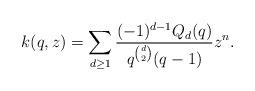
LaTeX: \begin{align*}k(q,z)=\sum_{d\geq 1}\frac{(-1)^{d-1}Q_d(q)}{q^{\binom{d}{2}}(q-1)}z^n.\end{align*}